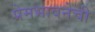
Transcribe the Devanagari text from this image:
प्रेमभावनेची